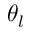
\theta _ { l }